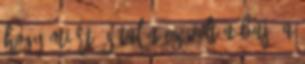
hogy miért és talán ez volt a baj. A